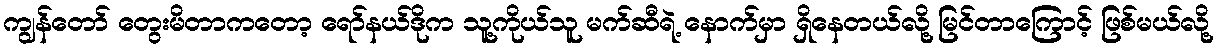
ကျွန်တော် တွေးမိတာကတော့ ရော်နယ်ဒိုက သူ့ကိုယ်သူ မက်ဆီရဲ့ နောက်မှာ ရှိနေတယ်လို့ မြင်တာကြောင့် ဖြစ်မယ်လို့